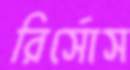
রির্সোস